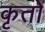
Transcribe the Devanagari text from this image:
कृतो